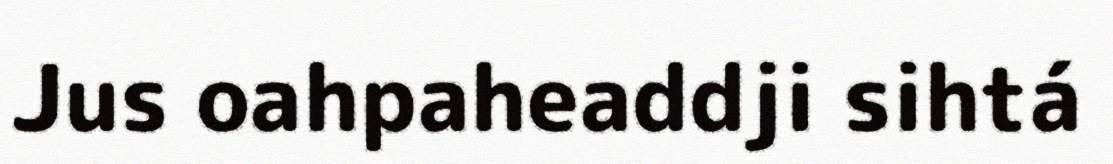
Jus oahpaheaddji sihtá